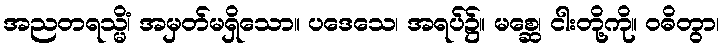
အညတရသ္မိံ၊ အမှတ်မရှိသော။ ပဒေသေ၊ အရပ်၌။ မစ္ဆေ၊ ငါးတို့ကို။ ဝဓိတွာ၊